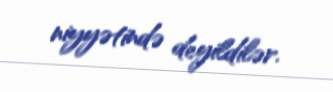
niyyətində deyildilər.